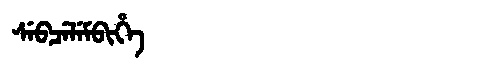
Manchu: ᠰᡝᠪᠴᡝᠯᡝᠮᠪᡳᡥᡝ
Romanization: SEBCELEMBIHE